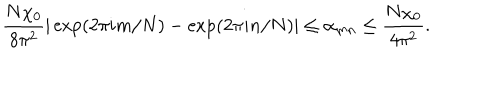
\frac { N \chi _ { 0 } } { 8 \pi ^ { 2 } } | \exp ( 2 \pi i m / N ) - \exp ( 2 \pi i n / N ) | \leq \alpha _ { m n } \leq \frac { N \chi _ { 0 } } { 4 \pi ^ { 2 } } .